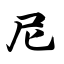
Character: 尼